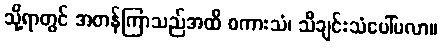
သို့ရာတွင် အတန်ကြာသည်အထိ စကားသံ၊ သီချင်းသံပေါ်မလာ။